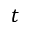
t